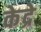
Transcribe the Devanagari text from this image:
केद्रे